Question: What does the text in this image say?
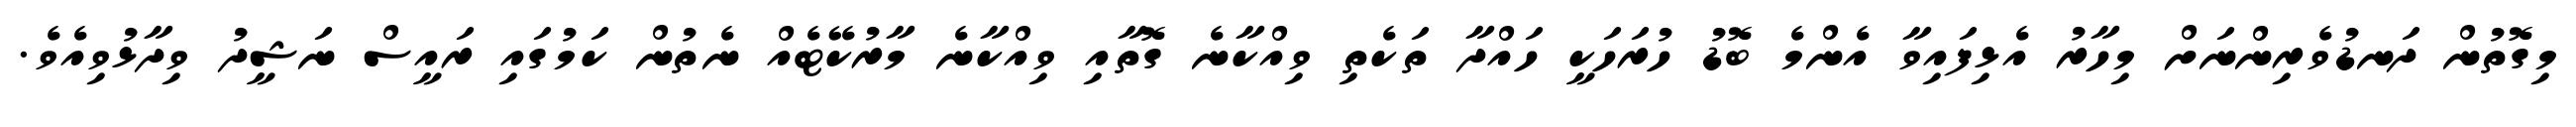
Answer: މިގޮތުން ދަނޑުވެރިންނަށް މިހާރު އެޅިފައިވާ އެންމެ ބޮޑު ހުރަހަކީ ހައްދާ ތަކެތި ވިއްކާނެ ގޮތާއި ވިއްކާނެ މާރުކޭޓެއް ނެތުން ކަމުގައި ރައީސް ނަޝީދު ވިދާޅުވިއެވެ.